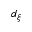
d _ { \xi }